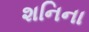
શનિના